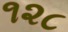
૧૨૮